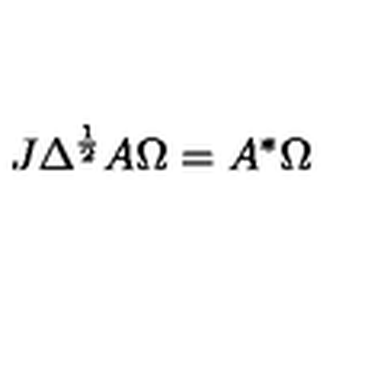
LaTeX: J \Delta ^ { \frac { 1 } { 2 } } A \Omega = A ^ { * } \Omega